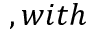
, w i t h